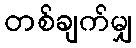
တစ်ချက်မျှ